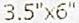
3.5"X6"